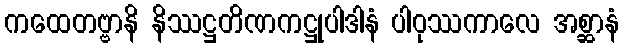
ကထေတဗ္ဗာနိ နိဿဋ္ဌတိဏကဋ္ဌုပါဒါနံ ပါဝုဿကာလေ အစ္ဆာနံ